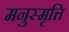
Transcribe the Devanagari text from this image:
मनुस्मृत्ति